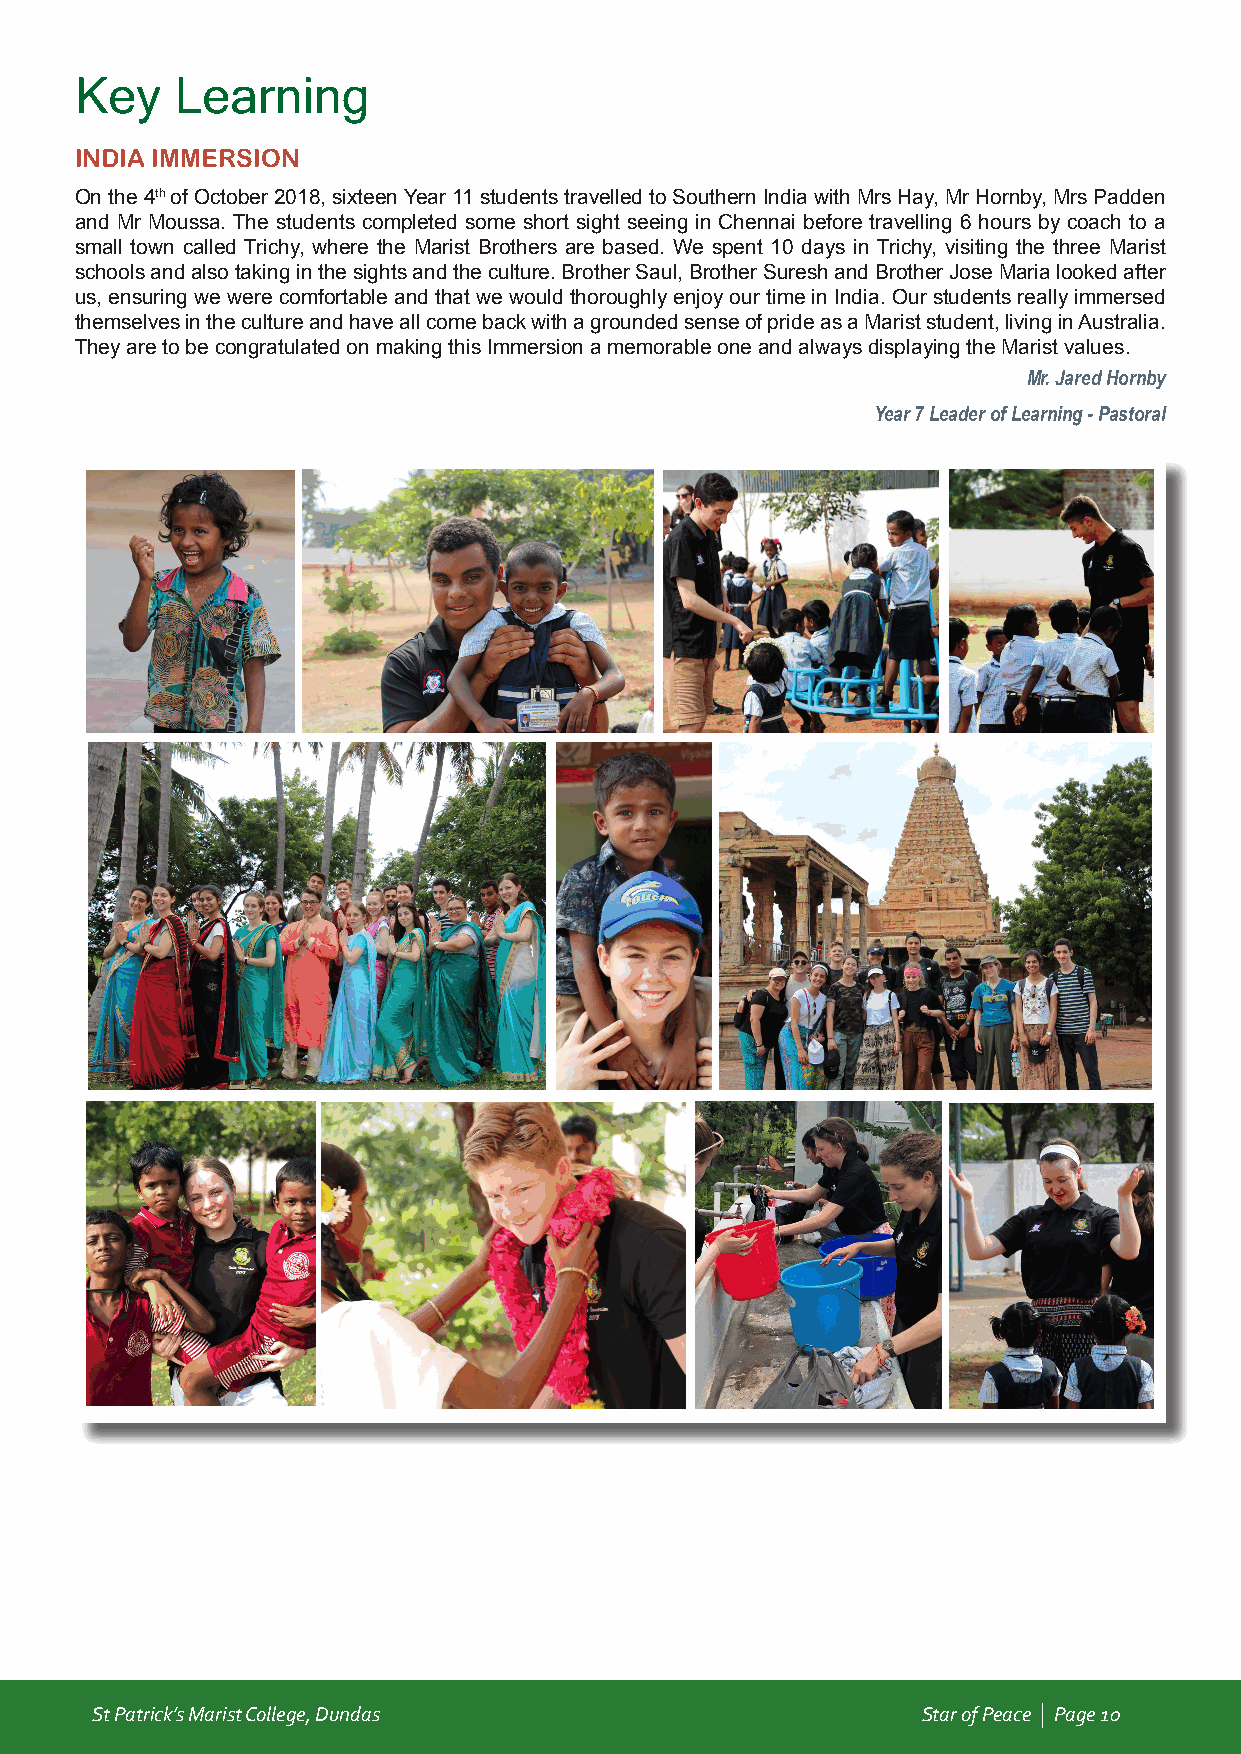
Key    Learning
 INDIA IMMERSION
 On the 4th of October 2018, sixteen Year 11 students travelled to Southern India with Mrs Hay, Mr Hornby, Mrs Padden
 and Mr Moussa. The students completed some short sight seeing in Chennai before travelling 6 hours by coach to a
 small town called Trichy, where the Marist Brothers are based. We spent 10 days in Trichy, visiting the three Marist
 schools and also taking in the sights and the culture. Brother Saul, Brother Suresh and Brother Jose Maria looked after
 us, ensuring we were comfortable and that we would thoroughly enjoy our time in India. Our students really immersed
 themselves in the culture and have all come back with a grounded sense of pride as a Marist student, living in Australia.
 They are to be congratulated on making this Immersion a memorable one and always displaying the Marist values.
 Mr. Jared Hornby
 Year 7 Leader of Learning - Pastoral
 St Patrick’s Marist College, Dundas                    Star of Peace | Page 10